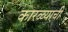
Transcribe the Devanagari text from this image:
कारळ्याची